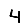
Digit: 4